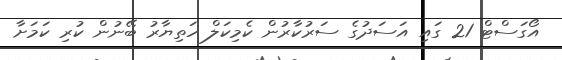
އޯގަސްޓް 21 ގައި އަސަދުގެ ސަރުކާރުން ކެމިކަލް ހަތިޔާރު ބޭނުން ކުރި ކަމަށާ